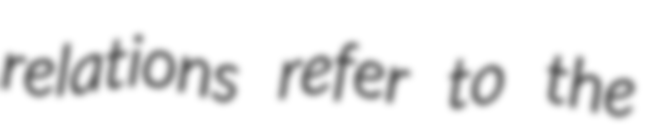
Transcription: relations refer to the